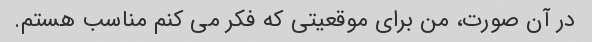
در آن صورت، من برای موقعیتی که فکر می کنم مناسب هستم.